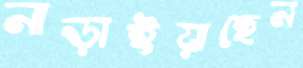
নাড়াইয়াছেন